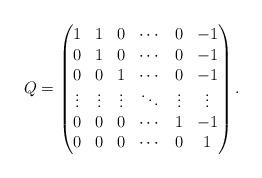
LaTeX: \begin{align*}Q=\begin{pmatrix}1 & 1 & 0 & \cdots & 0 & -1 \\0 & 1 & 0 & \cdots & 0 & -1 \\0 & 0 & 1 & \cdots & 0 & -1 \\\vdots & \vdots & \vdots & \ddots & \vdots & \vdots \\0 & 0 & 0 & \cdots & 1 & -1 \\0 & 0 & 0 & \cdots & 0 & 1\end{pmatrix}.\end{align*}